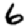
Digit: 6